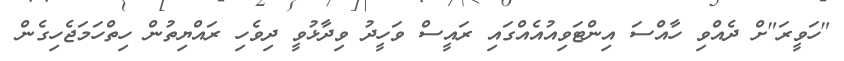
"ހަވީރަ"ށް ދެއްވި ހާއްސަ އިންޓަވިއުއެއްގައި ރައީސް ވަހީދު ވިދާޅުވީ ދިވެހި ރައްޔިތުން ހިތްހަމަޖެހިގެން